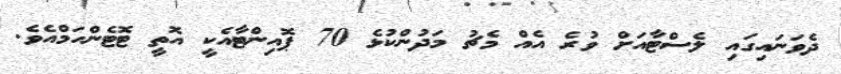
ދެވަނައިގައި ލެސްޓާއަށް ވުރެ އެއް މެޗު މަދުންކުޅެ 70 ޕޮއިންޓާއެކީ އޮތީ ޓޮޓެންހަމްއެވެ.